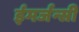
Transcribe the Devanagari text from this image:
ईमर्जन्सी